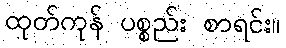
ထုတ်ကုန် ပစ္စည်း စာရင်း။